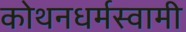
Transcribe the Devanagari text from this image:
कोथनधर्मस्वामी